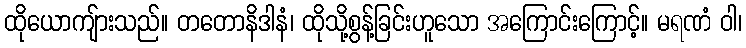
ထိုယောကျ်ားသည်။ တတောနိဒါနံ၊ ထိုသို့စွန့်ခြင်းဟူသော အကြောင်းကြောင့်။ မရဏံ ဝါ၊